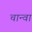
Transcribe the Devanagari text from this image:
चान्वा